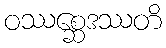
ဝဿစ္ဆေဒဿတိ